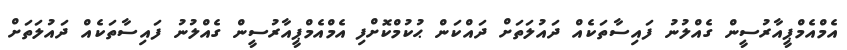
އެމްއެމްޕީއާރުސީން ގެއްލުނު ފައިސާތަކެއް ދައުލަތަށް ދައްކަން ޙުކުމްކޮށްފި އެމްއެމްޕީއާރުސީން ގެއްލުނު ފައިސާތަކެއް ދައުލަތަށް